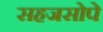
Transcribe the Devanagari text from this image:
सहजसोपे